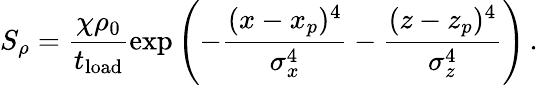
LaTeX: S_{\rho}=\frac{\chi\rho_{0}}{t_{\mathrm{load}}}\exp\left({-\frac{(x-x_{p})^{4}}{\sigma_{x}^{4}}-\frac{(z-z_{p})^{4}}{\sigma_{z}^{4}}}\right)\, .